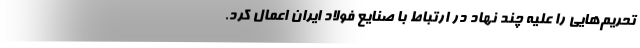
تحریم‌هایی را علیه چند نهاد در ارتباط با صنایع فولاد ایران اعمال کرد.